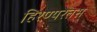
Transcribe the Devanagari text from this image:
हिरण्यरेतस्